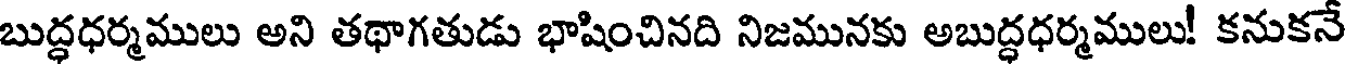
బుద్ధధర్మములు అని తథాగతుడు భాషించినది నిజమునకు అబుద్ధధర్మములు! కనుకనే